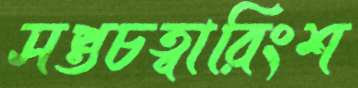
সপ্তচত্বারিংশ